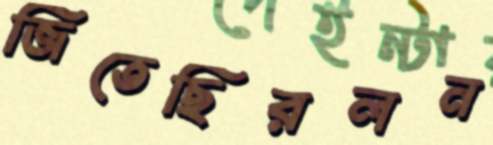
জিতেছিরলন